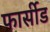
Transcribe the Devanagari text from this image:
फार्सीड